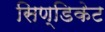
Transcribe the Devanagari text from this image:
सिण्डिकेट